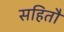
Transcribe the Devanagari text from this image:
सहितौ